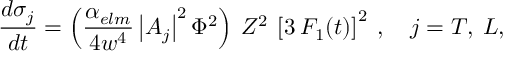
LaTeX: \frac { d \sigma _ { j } } { d t } = \left( \frac { \alpha _ { e l m } } { 4 w ^ { 4 } } \left| A _ { j } \right| ^ { 2 } \Phi ^ { 2 } \right) \: Z ^ { 2 } \: \left[ 3 \: F _ { 1 } ( t ) \right] ^ { 2 } \: , \quad j = T , \: L ,